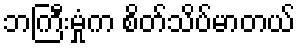
ဘကြီးမှုံက စိတ်သိပ်မာတယ်